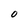
Character: O